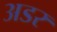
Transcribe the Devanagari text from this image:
अडर